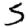
Digit: 5